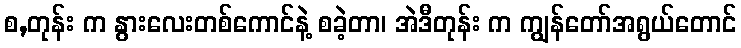
စ,တုန်း က နွားလေးတစ်ကောင်နဲ့ စခဲ့တာ၊ အဲဒီတုန်း က ကျွန်တော်အရွယ်တောင်